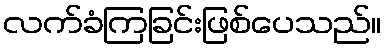
လက်ခံကြခြင်းဖြစ်ပေသည်။